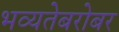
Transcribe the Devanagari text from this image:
भव्यतेबरोबर